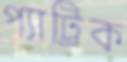
প্যাট্রিক